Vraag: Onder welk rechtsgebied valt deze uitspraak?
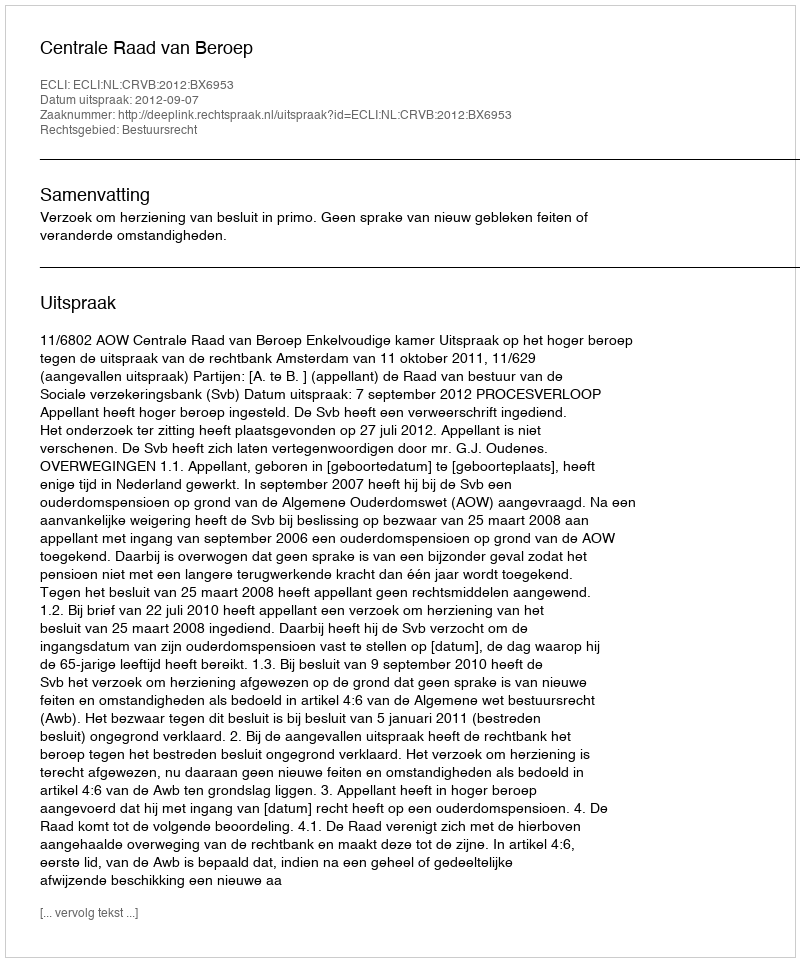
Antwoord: Bestuursrecht